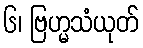
၆၊ ဗြဟ္မသံယုတ်